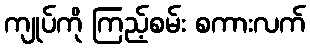
ကျုပ်ကို ကြည့်စမ်း စကားလက်